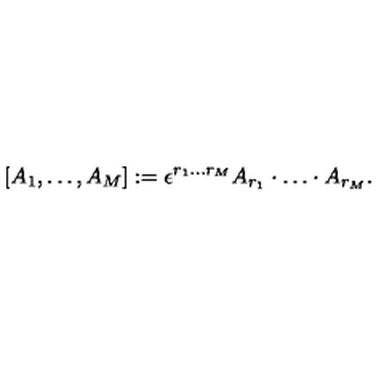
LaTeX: [ A _ { 1 } , \dots , A _ { M } ] : = \epsilon ^ { r _ { 1 } \dots r _ { M } } A _ { r _ { 1 } } \cdot \dots \cdot A _ { r _ { M } } .